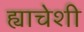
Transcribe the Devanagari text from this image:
ह्याचेशी